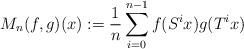
LaTeX: \begin{align*}M_{n}(f,g)(x) := \frac{1}{n}\sum_{i=0}^{n-1} f(S^i x) g(T^i x)\end{align*}